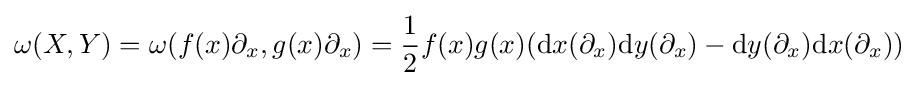
\omega (X,Y)=\omega (f(x)\partial _{x},g(x)\partial _{x})={\frac {1}{2}}f(x)g(x)(\mathrm {d} x(\partial _{x})\mathrm {d} y(\partial _{x})-\mathrm {d} y(\partial _{x})\mathrm {d} x(\partial _{x}))